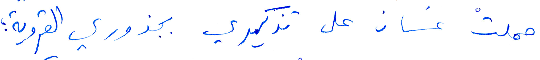
حملت غسان على تذكيري بجذوري القروية؛